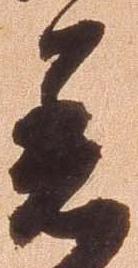
着